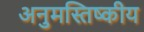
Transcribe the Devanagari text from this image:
अनुमस्तिष्‍कीय